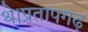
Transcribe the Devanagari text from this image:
थे।प्रतापगढ़